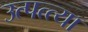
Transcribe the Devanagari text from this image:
उत्पत्त्या